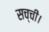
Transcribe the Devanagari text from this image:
सच्ची।